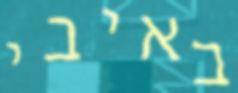
באיבי